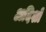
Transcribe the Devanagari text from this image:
अदिशों